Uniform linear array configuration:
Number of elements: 32
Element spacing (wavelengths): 1
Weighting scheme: binomial
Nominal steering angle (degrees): -15
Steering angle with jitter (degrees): -15.648
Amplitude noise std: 0.05
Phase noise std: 0.05

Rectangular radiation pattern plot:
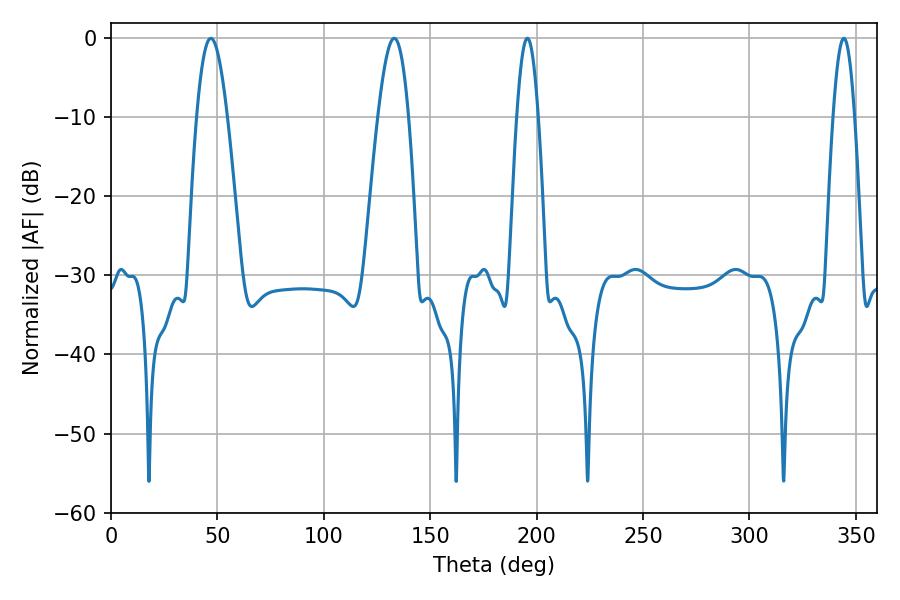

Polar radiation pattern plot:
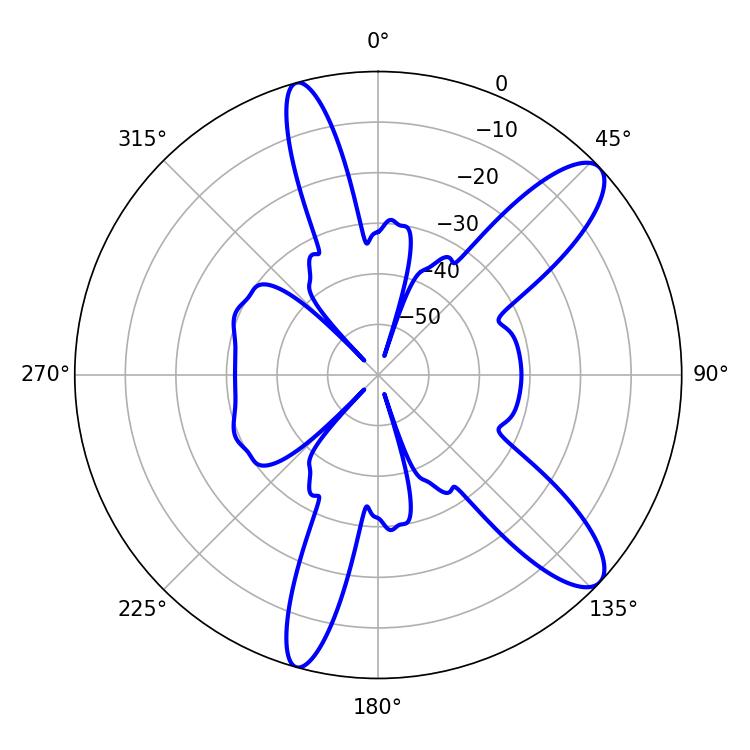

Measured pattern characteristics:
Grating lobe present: TRUE
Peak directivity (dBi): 10.96
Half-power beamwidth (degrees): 5.4
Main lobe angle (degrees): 195.66